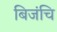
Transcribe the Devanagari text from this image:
बिजंचि